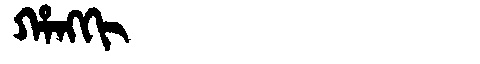
Manchu: ᡥᠠᠩᡴᡳ
Romanization: HANGKI